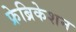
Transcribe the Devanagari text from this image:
फ्रेब्रिकेशन